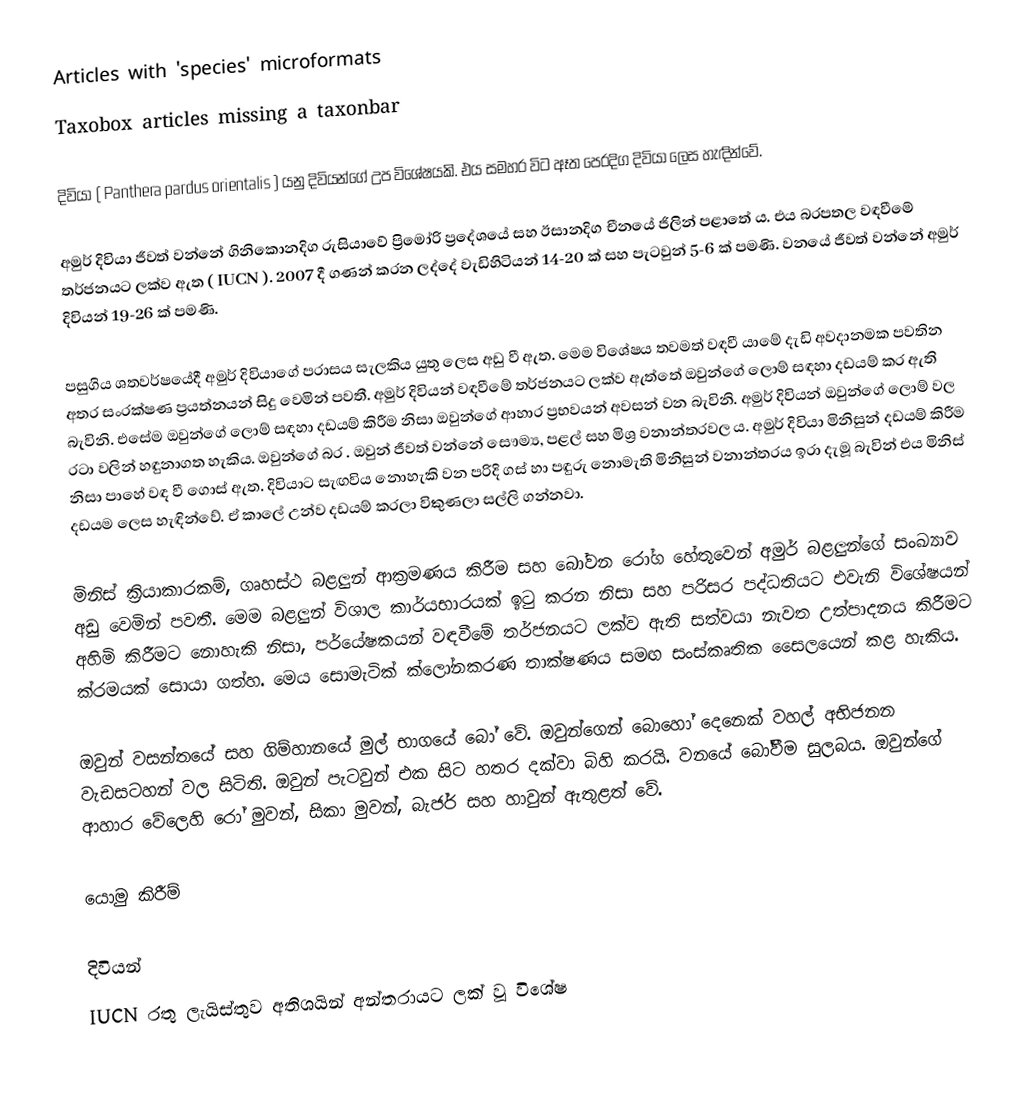
Articles with 'species' microformats
Taxobox articles missing a taxonbar

දිවියා ( Panthera pardus orientalis ) යනු දිවියන්ගේ උප විශේෂයකි. එය සමහර විට ඈත පෙරදිග දිවියා ලෙස හැඳින්වේ.

අමුර් දිවියා ජීවත් වන්නේ ගිනිකොනදිග රුසියාවේ ප්‍රිමෝරි ප්‍රදේශයේ සහ ඊසානදිග චීනයේ ජිලින් පළාතේ ය. එය බරපතල වඳවීමේ තර්ජනයට ලක්ව ඇත ( IUCN ). 2007 දී ගණන් කරන ලද්දේ වැඩිහිටියන් 14-20 ක් සහ පැටවුන් 5-6 ක් පමණි. වනයේ ජීවත් වන්නේ අමුර් දිවියන් 19-26 ක් පමණි.

පසුගිය ශතවර්ෂයේදී අමුර් දිවියාගේ පරාසය සැලකිය යුතු ලෙස අඩු වී ඇත. මෙම විශේෂය තවමත් වඳවී යාමේ දැඩි අවදානමක පවතින අතර සංරක්ෂණ ප්‍රයත්නයන් සිදු වෙමින් පවතී.  අමුර් දිවියන් වඳවීමේ තර්ජනයට ලක්ව ඇත්තේ ඔවුන්ගේ ලොම් සඳහා දඩයම් කර ඇති බැවිනි. එසේම ඔවුන්ගේ ලොම් සඳහා දඩයම් කිරීම නිසා ඔවුන්ගේ ආහාර ප්‍රභවයන් අවසන් වන බැවිනි. අමුර් දිවියන් ඔවුන්ගේ ලොම් වල රටා වලින් හඳුනාගත හැකිය. ඔවුන්ගේ බර  . ඔවුන් ජීවත් වන්නේ සෞම්‍ය, පළල් සහ මිශ්‍ර වනාන්තරවල ය. අමුර් දිවියා මිනිසුන් දඩයම් කිරීම නිසා පාහේ වඳ වී ගොස් ඇත. දිවියාට සැඟවිය නොහැකි වන පරිදි ගස් හා පඳුරු නොමැති මිනිසුන් වනාන්තරය ඉරා දැමූ බැවින් එය මිනිස් දඩයම ලෙස හැඳින්වේ. ඒ කාලේ උන්ව දඩයම් කරලා විකුණලා සල්ලි ගන්නවා.

මිනිස් ක්‍රියාකාරකම්, ගෘහස්ථ බළලුන් ආක්‍රමණය කිරීම සහ බෝවන රෝග හේතුවෙන් අමුර් බළලුන්ගේ සංඛ්‍යාව අඩු වෙමින් පවතී. මෙම බළලුන් විශාල කාර්යභාරයක් ඉටු කරන නිසා සහ පරිසර පද්ධතියට එවැනි විශේෂයන් අහිමි කිරීමට නොහැකි නිසා, පර්යේෂකයන් වඳවීමේ තර්ජනයට ලක්ව ඇති සත්වයා නැවත උත්පාදනය කිරීමට ක්රමයක් සොයා ගත්හ. මෙය සොමැටික් ක්ලෝනකරණ තාක්ෂණය සමඟ සංස්කෘතික සෛලයෙන් කළ හැකිය.

ඔවුන් වසන්තයේ සහ ගිම්හානයේ මුල් භාගයේ බෝ වේ. ඔවුන්ගෙන් බොහෝ දෙනෙක් වහල් අභිජනන වැඩසටහන් වල සිටිති. ඔවුන් පැටවුන් එක සිට හතර දක්වා බිහි කරයි. වනයේ බෝවීම සුලබය. ඔවුන්ගේ ආහාර වේලෙහි රෝ මුවන්, සිකා මුවන්, බැජර් සහ හාවුන් ඇතුළත් වේ.

යොමු කිරීම්

දිවියන්
IUCN රතු ලැයිස්තුව අතිශයින් අන්තරායට ලක් වූ විශේෂ